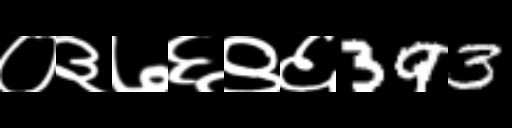
Text: ०३७६९६393